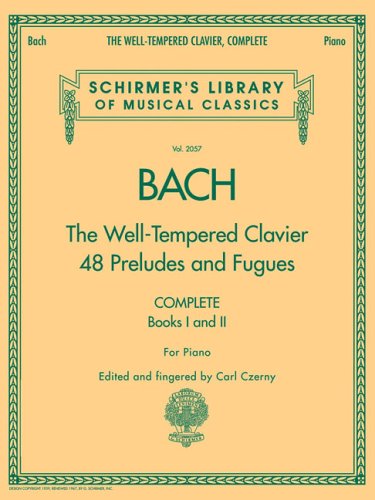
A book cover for The Well-Tempered Clavier, Complete: Schirmer Library of Musical Classics, Volume 2057 (Schirmer's Library of Musical Classics); Humor & Entertainment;